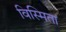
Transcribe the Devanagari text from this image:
विस्मिता